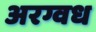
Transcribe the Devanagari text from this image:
अरग्वध